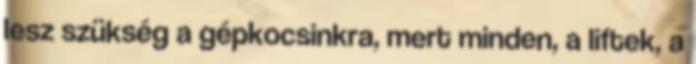
lesz szükség a gépkocsinkra, mert minden, a liftek, a